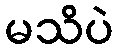
မသိပဲ